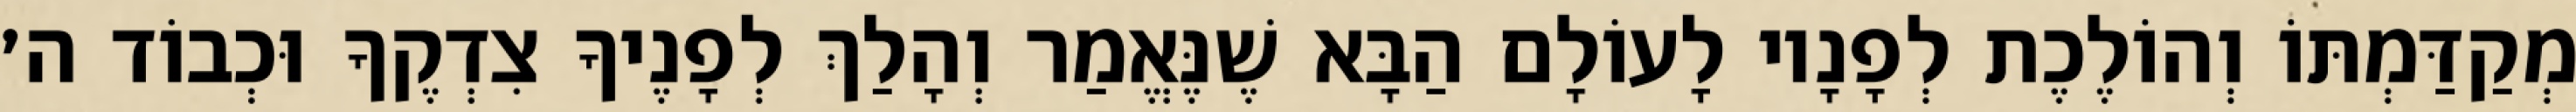
מְקַדַּמְתּוֹ וְהוֹלֶכֶת לְפָנָיו לָעוֹלָם הַבָּא שֶׁנֶּאֱמַר וְהָלַךְ לְפָנֶיךָ צִדְקֶךָ וּכְבוֹד ה׳